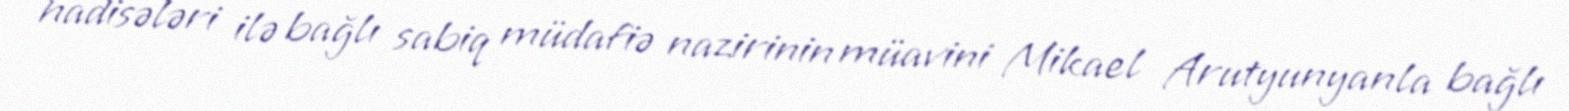
hadisələri ilə bağlı sabiq müdafiə nazirinin müavini Mikael Arutyunyanla bağlı